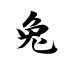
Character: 兔